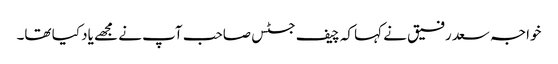
خواجہ سعد رفیق نے کہا کہ چیف جسٹس صاحب آپ نے مجھے یاد کیا تھا۔